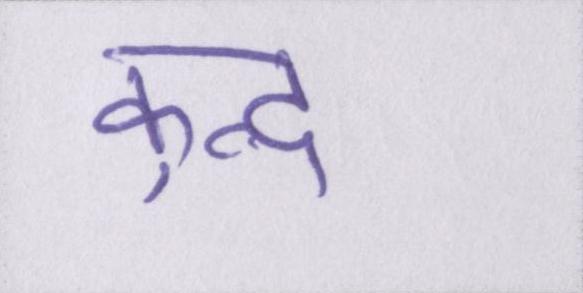
कुन्द